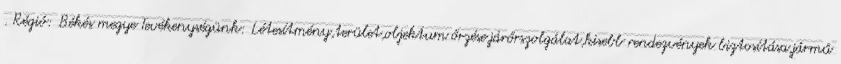
. Régió: Békés megye Tevékenységünk: Létesítmény,terület,objektum őrzése,járőrszolgálat,kisebb rendezvények biztosítása,jármű